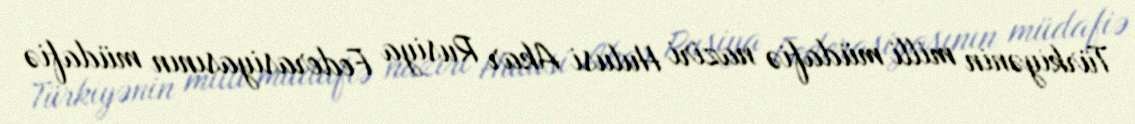
Türkiyənin milli müdafiə naziri Hulusi Akar Rusiya Federasiyasının müdafiə